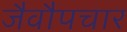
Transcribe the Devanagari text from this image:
जैवौपचार